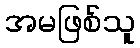
အမဖြစ်သူ